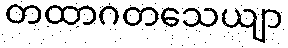
တထာဂတသေယျာ